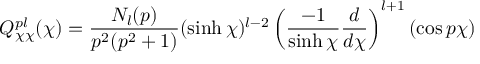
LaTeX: Q _ { \chi \chi } ^ { p l } ( \chi ) = \frac { N _ { l } ( p ) } { p ^ { 2 } ( p ^ { 2 } + 1 ) } ( \sinh \chi ) ^ { l - 2 } \left( \frac { - 1 } { \sinh \chi } \frac { d } { d \chi } \right) ^ { l + 1 } ( \cos p \chi )